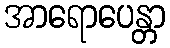
အာရောပေန္တာ